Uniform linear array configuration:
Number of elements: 4
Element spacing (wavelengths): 1
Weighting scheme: kaiser
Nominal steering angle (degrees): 30
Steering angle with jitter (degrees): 30.606
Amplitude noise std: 0.05
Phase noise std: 0.05

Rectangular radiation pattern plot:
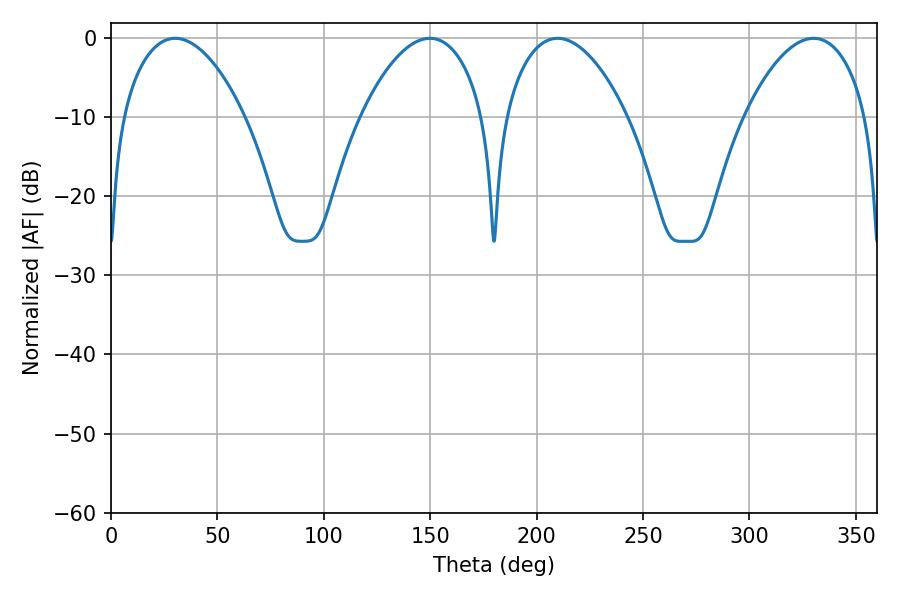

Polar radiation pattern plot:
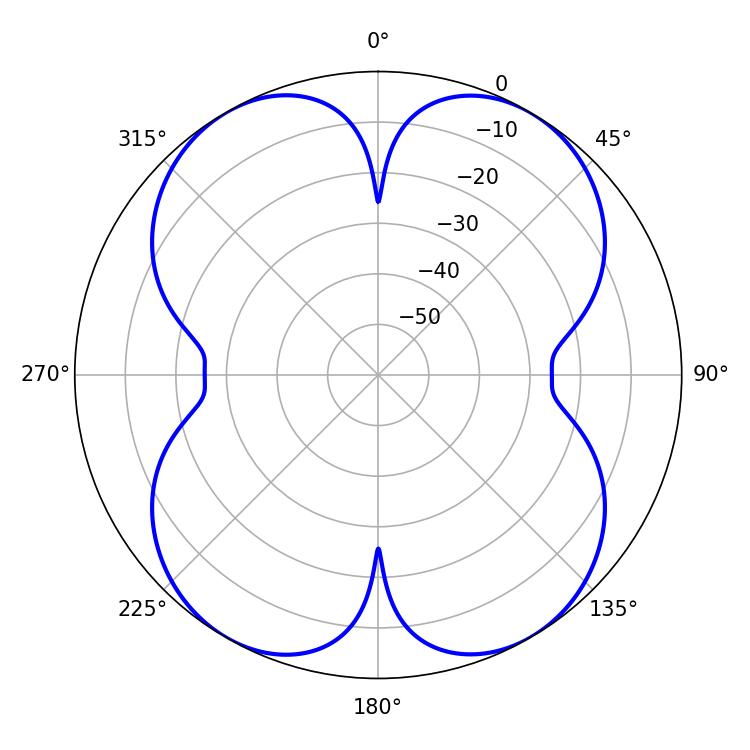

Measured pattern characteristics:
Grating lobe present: TRUE
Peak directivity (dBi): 25.85
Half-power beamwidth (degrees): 32.22
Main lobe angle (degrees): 209.88